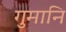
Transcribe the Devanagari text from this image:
गुमानि